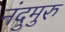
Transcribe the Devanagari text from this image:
नंदुमुरु